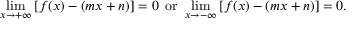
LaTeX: \operatorname* { l i m } _ { x \to + \infty } \left[ f ( x ) - ( m x + n ) \right] = 0 \, { \mathrm { ~ o r ~ } } \operatorname* { l i m } _ { x \to - \infty } \left[ f ( x ) - ( m x + n ) \right] = 0 .